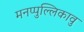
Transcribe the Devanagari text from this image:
मनप्पुल्लिकावु